Report on vaccination in Madras 1895-1903 - 1895-1903
Year: 1895
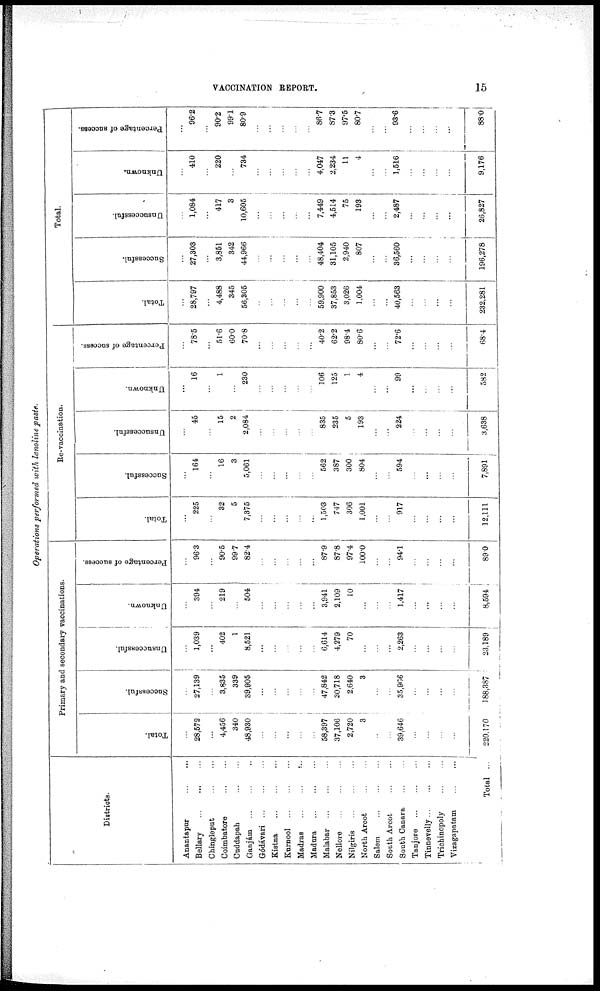
VACCINATION REPORT.
15
Operations performed with lanoline paste.
Districts.
Anantapur ... ...
Bellary
...
...
...
Chingleput
...
...
Coimbatore
...
...
Cuddapah
...
...
Ganjám ... ... ...
Gódávari
...
...
...
Kisina
...
...
...
Kurnool
...
...
...
Madras
...
...
...
Madura
...
...
...
Malabar
...
...
...
Nellore
...
...
...
Nilgiris
...
...
...
North Arcot
...
...
Salem
...
...
...
South Arcot
...
...
South Canara ... ...
Tanjore
...
...
Tinnevelly
...
...
...
Trichinopoly
...
...
Vizagapatam
...
...
Total ...
Primary and secondary vaccinations.
Total.
...
28,572
...
4,456
340
48,930
...
...
...
...
...
58,397
37,106
2,720
3
...
...
39,646
...
...
...
...
220,170
Successful.
...
27,139
...
3,835
339
39,905
...
...
...
...
...
47,842
30,718
2,640
3
...
...
35,906
...
...
...
...
188,387
Unsuccessful.
...
1,039
...
402
1
8,521
...
...
...
...
...
6,614
4,279
70
...
...
...
2,263
...
...
...
...
23,189
Unknown.
...
394
...
219
...
504
...
...
...
...
...
3,941
2,109
10
...
...
...
1,417
...
...
...
...
8,594
Percentage of success.
...
96.3
...
90.5
99.7
82.4
...
...
...
...
...
87.9
87.8
97.4
100.0
...
...
94.1
...
...
...
...
89.0
Re-vaccination.
Total.
...
225
...
32
5
7,375
...
...
...
...
...
1,503
747
306
1,001
...
...
917
...
...
...
...
12,111
Successful.
...
164
...
16
3
5,061
...
...
...
...
...
562
387
300
804
...
...
594
...
...
...
...
7,891
Unsuccessful.
...
45
...
15
2
2,084
...
...
...
...
...
835
235
5
193
...
...
224
...
...
...
...
3,638
Unknown.
...
16
...
1
...
230
...
...
...
...
...
106
125
1
4
...
...
99
...
...
...
...
582
Percentage of success.
...
78.5
...
51.6
60.0
70.8
...
...
...
...
...
40.2
62.2
98.4
80.6
...
...
72.6
...
...
...
...
68.4
Total.
Total.
...
28,797
...
4,488
345
56,305
...
...
...
...
...
59,900
37,853
3,026
1,004
...
...
40,563
...
...
...
...
232,281
Successful.
...
27,303
...
3,851
342
44,966
...
...
...
...
...
48,404
31,105
2,940
807
...
...
36,560
...
...
...
...
196,278
Unsuccessful.
...
1,084
...
417
3
10,605
...
...
...
...
...
7,449
4,514
75
193
...
...
2,487
...
...
...
...
26,827
Unknown.
...
410
...
220
...
734
...
...
...
...
...
4,047
2,234
11
4
...
...
1,516
...
...
...
...
9,176
Percentage of success.
...
96.2
...
90.2
99.1
80.9
...
...
...
...
...
86.7
87.3
97.5
80.7
...
...
93.6
...
...
...
...
88.0